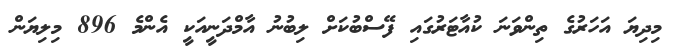
މިދިޔަ އަހަރުގެ ތިންވަނަ ކުއާޓަރުގައި ފޭސްބުކަށް ލިބުނު އާމްދަނީއަކީ އެންމެ 896 މިލިޔަން